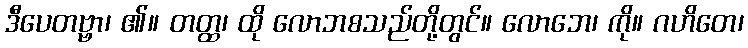
ဒီပေတဗ္ဗာ၊ ၏။ တတ္ထ၊ ထို လောဘစသည်တို့တွင်။ လောဘေ၊ ကို။ ဂဟိတေ၊